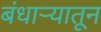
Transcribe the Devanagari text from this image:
बंधाऱ्यातून